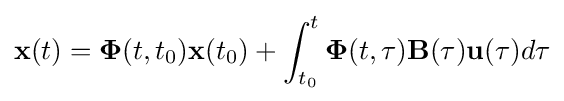
\mathbf {x} (t)=\mathbf {\Phi } (t,t_{0})\mathbf {x} (t_{0})+\int _{t_{0}}^{t}\mathbf {\Phi } (t,\tau )\mathbf {B} (\tau )\mathbf {u} (\tau )d\tau